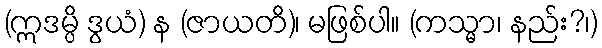
(ဣဒမ္ပိ ဒွယံ) န (ဇာယတိ)၊ မဖြစ်ပါ။ (ကသ္မာ၊ နည်း?၊)